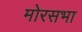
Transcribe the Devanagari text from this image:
मोरसभा